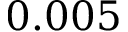
0 . 0 0 5